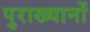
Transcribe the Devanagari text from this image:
पुराख्यानों